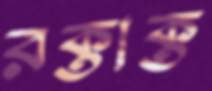
রক্তাক্ত